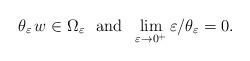
LaTeX: \begin{align*}\theta_\varepsilon\,w\in\Omega_\varepsilon\mbox{ \ and \ }\lim_{\varepsilon\to 0^+}\varepsilon/\theta_\varepsilon=0.\end{align*}